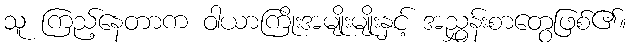
သူ ကြည့်နေတာက ဝါယာကြိုးအမျိုးမျိုးနှင့် အညွှန်းစာတွေဖြစ်၏။